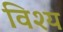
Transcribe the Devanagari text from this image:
विश्य